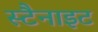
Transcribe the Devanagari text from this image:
स्टैनाइट